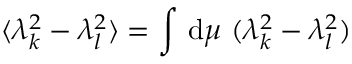
\langle \lambda _ { k } ^ { 2 } - \lambda _ { l } ^ { 2 } \rangle = \int \, \mathrm { d } \mu \, \, ( \lambda _ { k } ^ { 2 } - \lambda _ { l } ^ { 2 } )